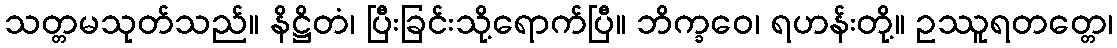
သတ္တမသုတ်သည်။ နိဋ္ဌိတံ၊ ပြီးခြင်းသို့ရောက်ပြီ။ ဘိက္ခဝေ၊ ရဟန်းတို့။ ဥဿူရတတ္တေ၊